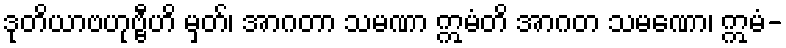
ဒုတိယာဗဟုဗ္ဗီဟိ မှတ်၊ အာဂတာ သမဏာ ဣမံတိ အာဂတ သမဏော၊ ဣမံ-